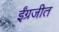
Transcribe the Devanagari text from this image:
ईंग्रजीत